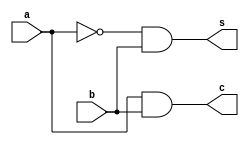
/******************
* Half Adder      *
* Structural      *
* Specification 1 *
*******************/

module HalfAdd_Struct2 (
    input a, b, output c, s
);
wire an,bn;
wire u,v;
wire cn;
nand(u,~a,b);
nand(v,b,~b);
nand(s,u,v);
nand(cn,a,b);
nand(c,cn,cn);

endmodule